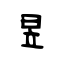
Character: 昱